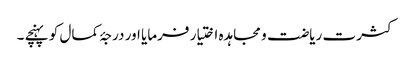
کثرت ریاضت و مجاہدہ اختیار فرمایا اور درجۂ کمال کو پہنچے ۔